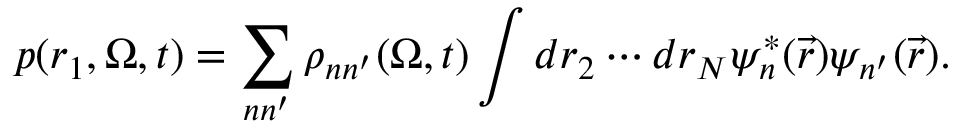
p ( r _ { 1 } , \boldsymbol { \Omega } , t ) = \sum _ { n n ^ { \prime } } \rho _ { n n ^ { \prime } } ( \boldsymbol { \Omega } , t ) \int d r _ { 2 } \cdots d r _ { N } \psi _ { n } ^ { * } ( \Vec { r } ) \psi _ { n ^ { \prime } } ( \Vec { r } ) .